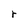
Character: r